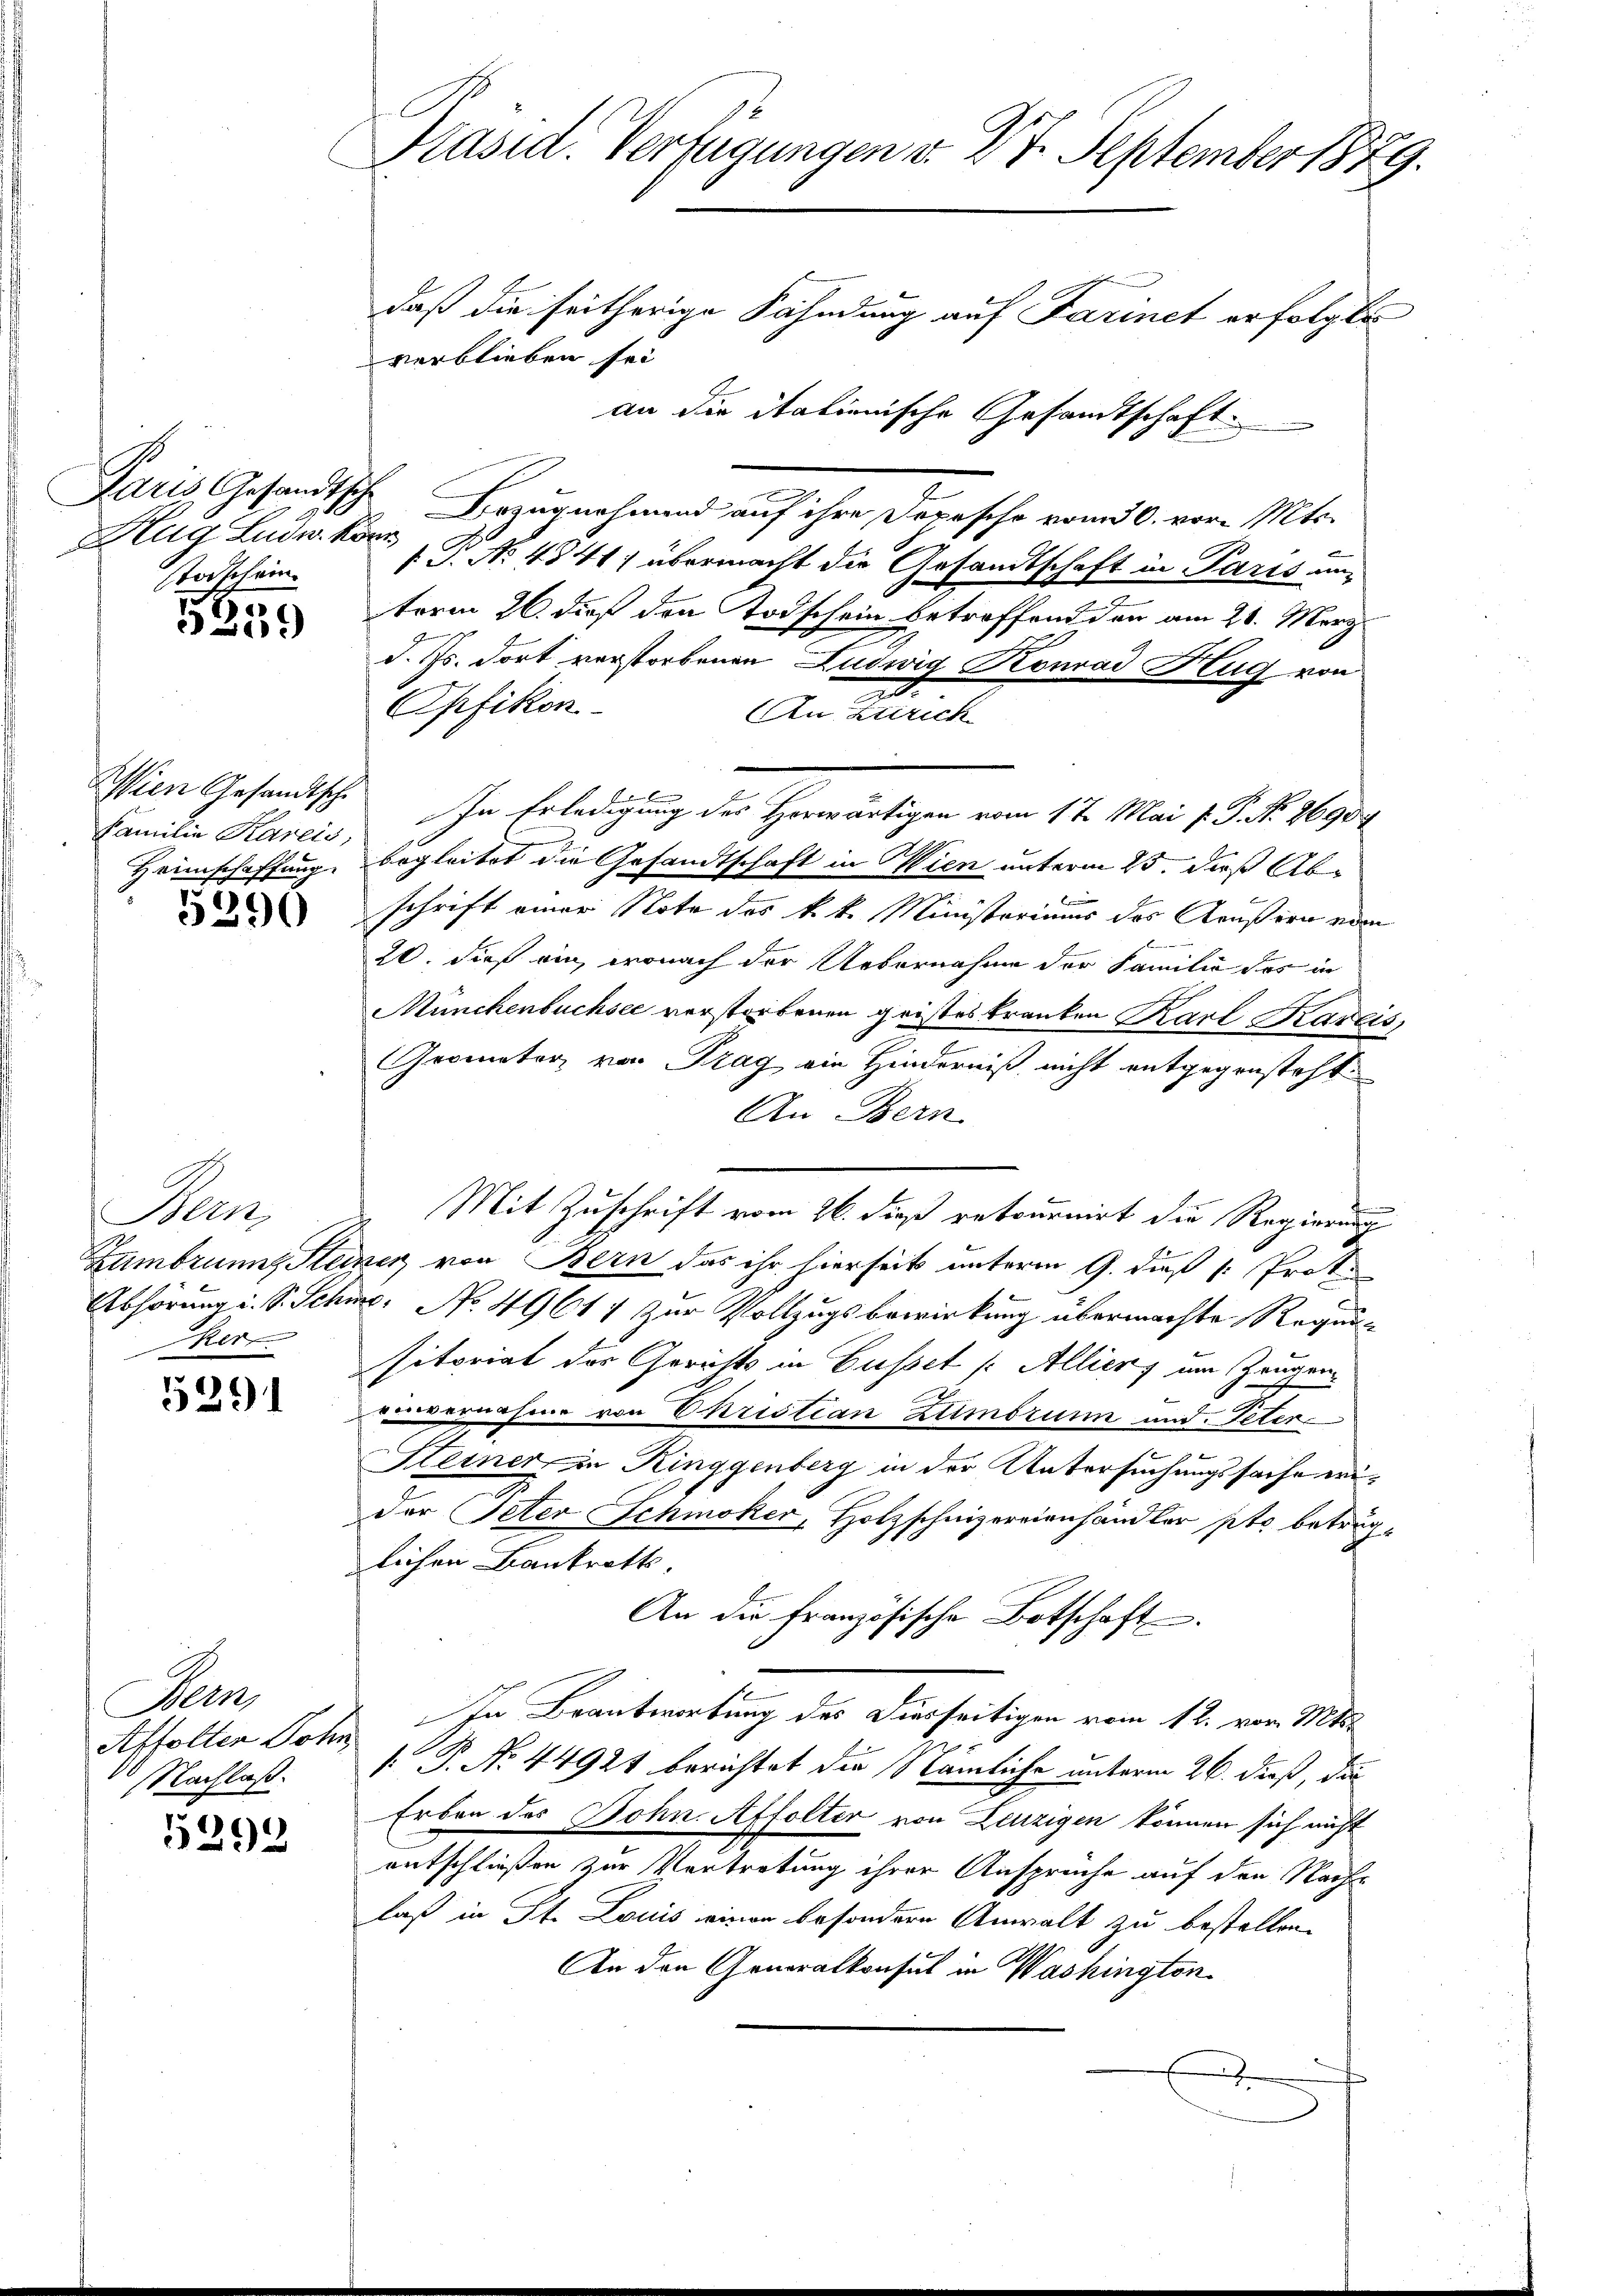
.
Aaris Gesandtsche
Hug Ludw. Konr
TTodschein.

1259)

Wien Gesandtsche
Familie Kareis,
Heimschaffung.

5390

Bern,
ker

5291

Demn
Affolten Sohn
de Nachlaß.

5292

Präsid. Verfügungen v. 27. September 1879.
daß die seitherige Fähndung auf Farinet erfolgte
verblieben sei
an die italienische Gesamtschaft

Bezugnahmend auf ihre Depesche vom 30. vor. Mts.
1. P. No 4841) übermacht die Gesandtschaft in Paris anterm 26. dieß den Todschein betreffend den am 20. Merz
d. Js. dort verstorbenen Ludwig Konrad Hug von
2
Opfikon
An Zürich
In Erledigung der Herwärtigen vom 17. Mai 7. P. Nr. 2690.
bögleitet die Gesandtschaft in Wien unterm 25. daß Abb
schrift einer Note des k. k. Ministeriums des Acußion ede
20. dieß ein, wonach der Uebernahme der Familie des in
Münchenbuchsee verstorbenen geistes kranken Karl Kareis,
Grometer, von Prag ein Hinderniß nicht entgegensteht.
An Bern
Mit Zuschrift vom 26. dieß retournirt die Regierung
Lambrunng Steiner von Bern das ihr hierseits unterm 9. dieß . Prot.
Abhörung i. S. Schme: No 49617 zur Vollzugsbewirkung übermachte Regunsitoriat der Gerichts in Gusset /: Allien, um Zeugenauvernahme von Christian Zumbrunn und Peter
Steiner in Ringgenberg in der Untersuchungssache eider Peter Schmoker, Holzschnizerrienhändler pto betruglichen Bankrotts
An die französische Botschaft.
In Beantwortung des Diesseitigen vom 12. vom Mts.
[ P. No. 44921 berichtet die Nämliche unterm 26. dieß, die
Erben des Bohn. Affolter von Zinzigen können sich nicht
entschließen zur Vertretung ihrer Ansprüche auf den Nachlaß in St. Louis einen besondere Anwalt zu bestellen.
An den Generalkonsul in Washington